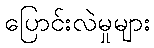
ပြောင်းလဲမှုများ